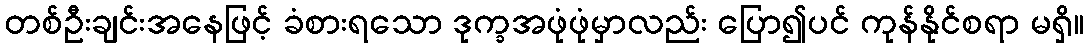
တစ်ဦးချင်းအနေဖြင့် ခံစားရသော ဒုက္ခအဖုံဖုံမှာလည်း ပြော၍ပင် ကုန်နိုင်စရာ မရှိ။